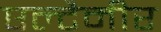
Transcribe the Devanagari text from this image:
एल्टैमीर